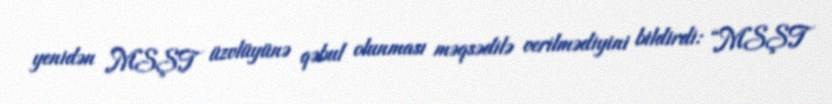
yenidən MSŞT üzvlüyünə qəbul olunması məqsədilə verilmədiyini bildirdi: “MSŞT